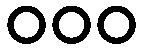
၀၀၀